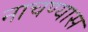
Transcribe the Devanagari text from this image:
नाचण्यास